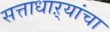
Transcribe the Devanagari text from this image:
सत्ताधाऱ्यांचा